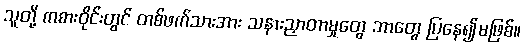
သူတို့ ကစားဝိုင်းတွင် တစ်ဖက်သားအား သနားညှာတာမှုတွေ ဘာတွေ ပြနေ၍မဖြစ်။